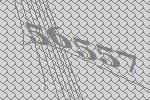
56557